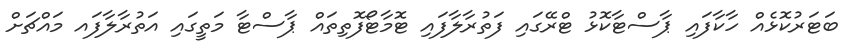
ބަޓަރުކޮޅެއް ހާކާފައި ޕާސްޓާކޮޅު ޓްރޭގައި ފަތުރާލާފައި ޓޮމާޓޯފޮތިތައް ޕާސްޓާ މަތީގައި އަތުރާލާފައ މައްޗަށް